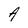
Character: A